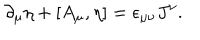
LaTeX: \partial _ { \mu } \eta + [ A _ { \mu } , \eta ] = \epsilon _ { \mu \nu } J ^ { \nu } .